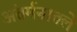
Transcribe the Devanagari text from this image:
अंतर्मनातले